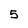
Character: 5